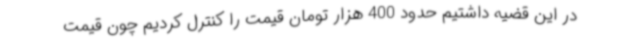
در این قضیه داشتیم حدود 400 هزار تومان قیمت را کنترل کردیم چون قیمت